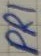
Text: PRI